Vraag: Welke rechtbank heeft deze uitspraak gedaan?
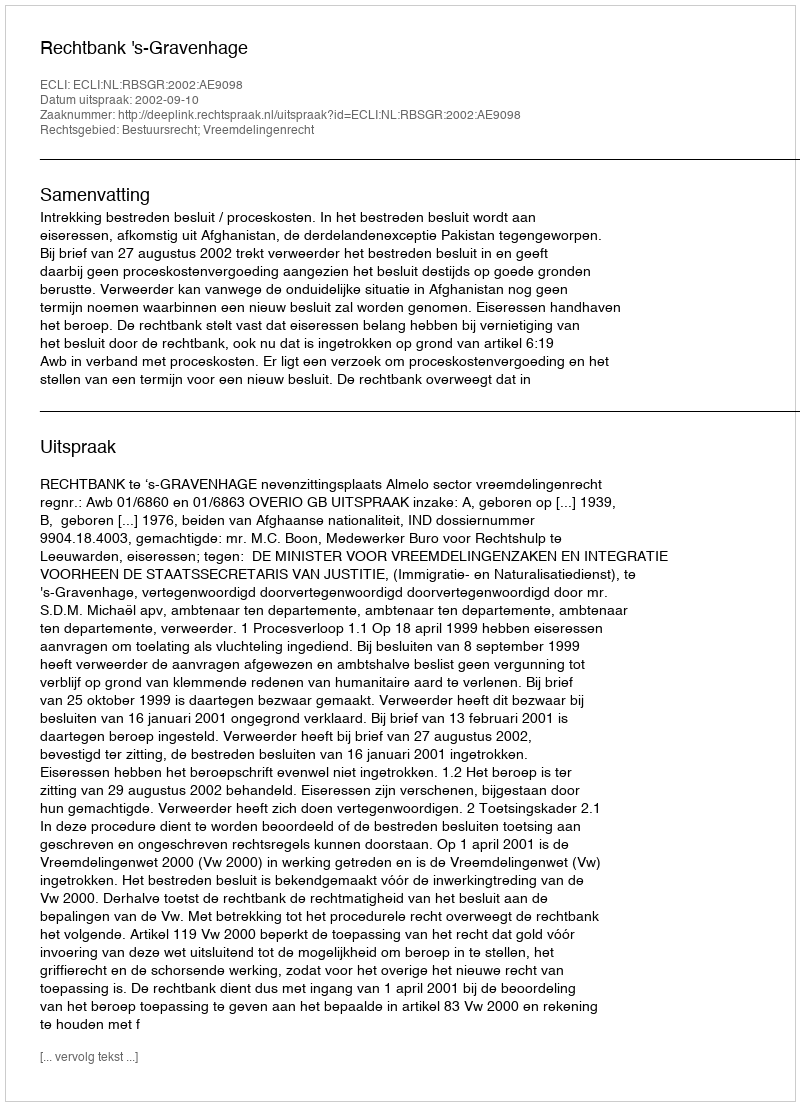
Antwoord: Rechtbank 's-Gravenhage